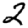
Digit: 2